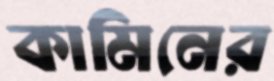
কামিনের